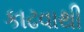
કાઢવાથી